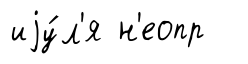
иjу́л'я н'еопр